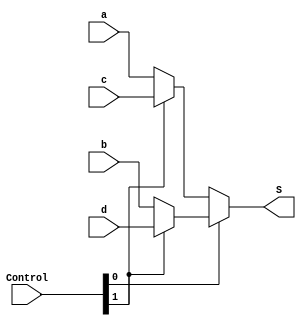
module mux_4x1(a,b,c,d, Control, S); //declaraao das variveis
  input a,b,c,d; //entradas do circuito
  input [1:0] Control;
  output S; //saida do circuito
  wire n0,n1;
  
    assign S = (Control[0]) ? n1 : n0;
    assign n1 = (Control[1]) ? d : b;
    assign n0 = (Control[1]) ? c : a;
  
  
endmodule